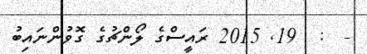
-  :  19